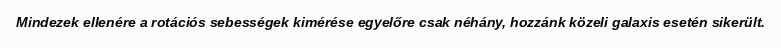
Mindezek ellenére a rotációs sebességek kimérése egyelőre csak néhány, hozzánk közeli galaxis esetén sikerült.